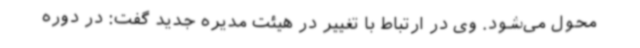
محول می‌شود. وی در ارتباط با تغییر در هیئت مدیره جدید گفت: در دوره